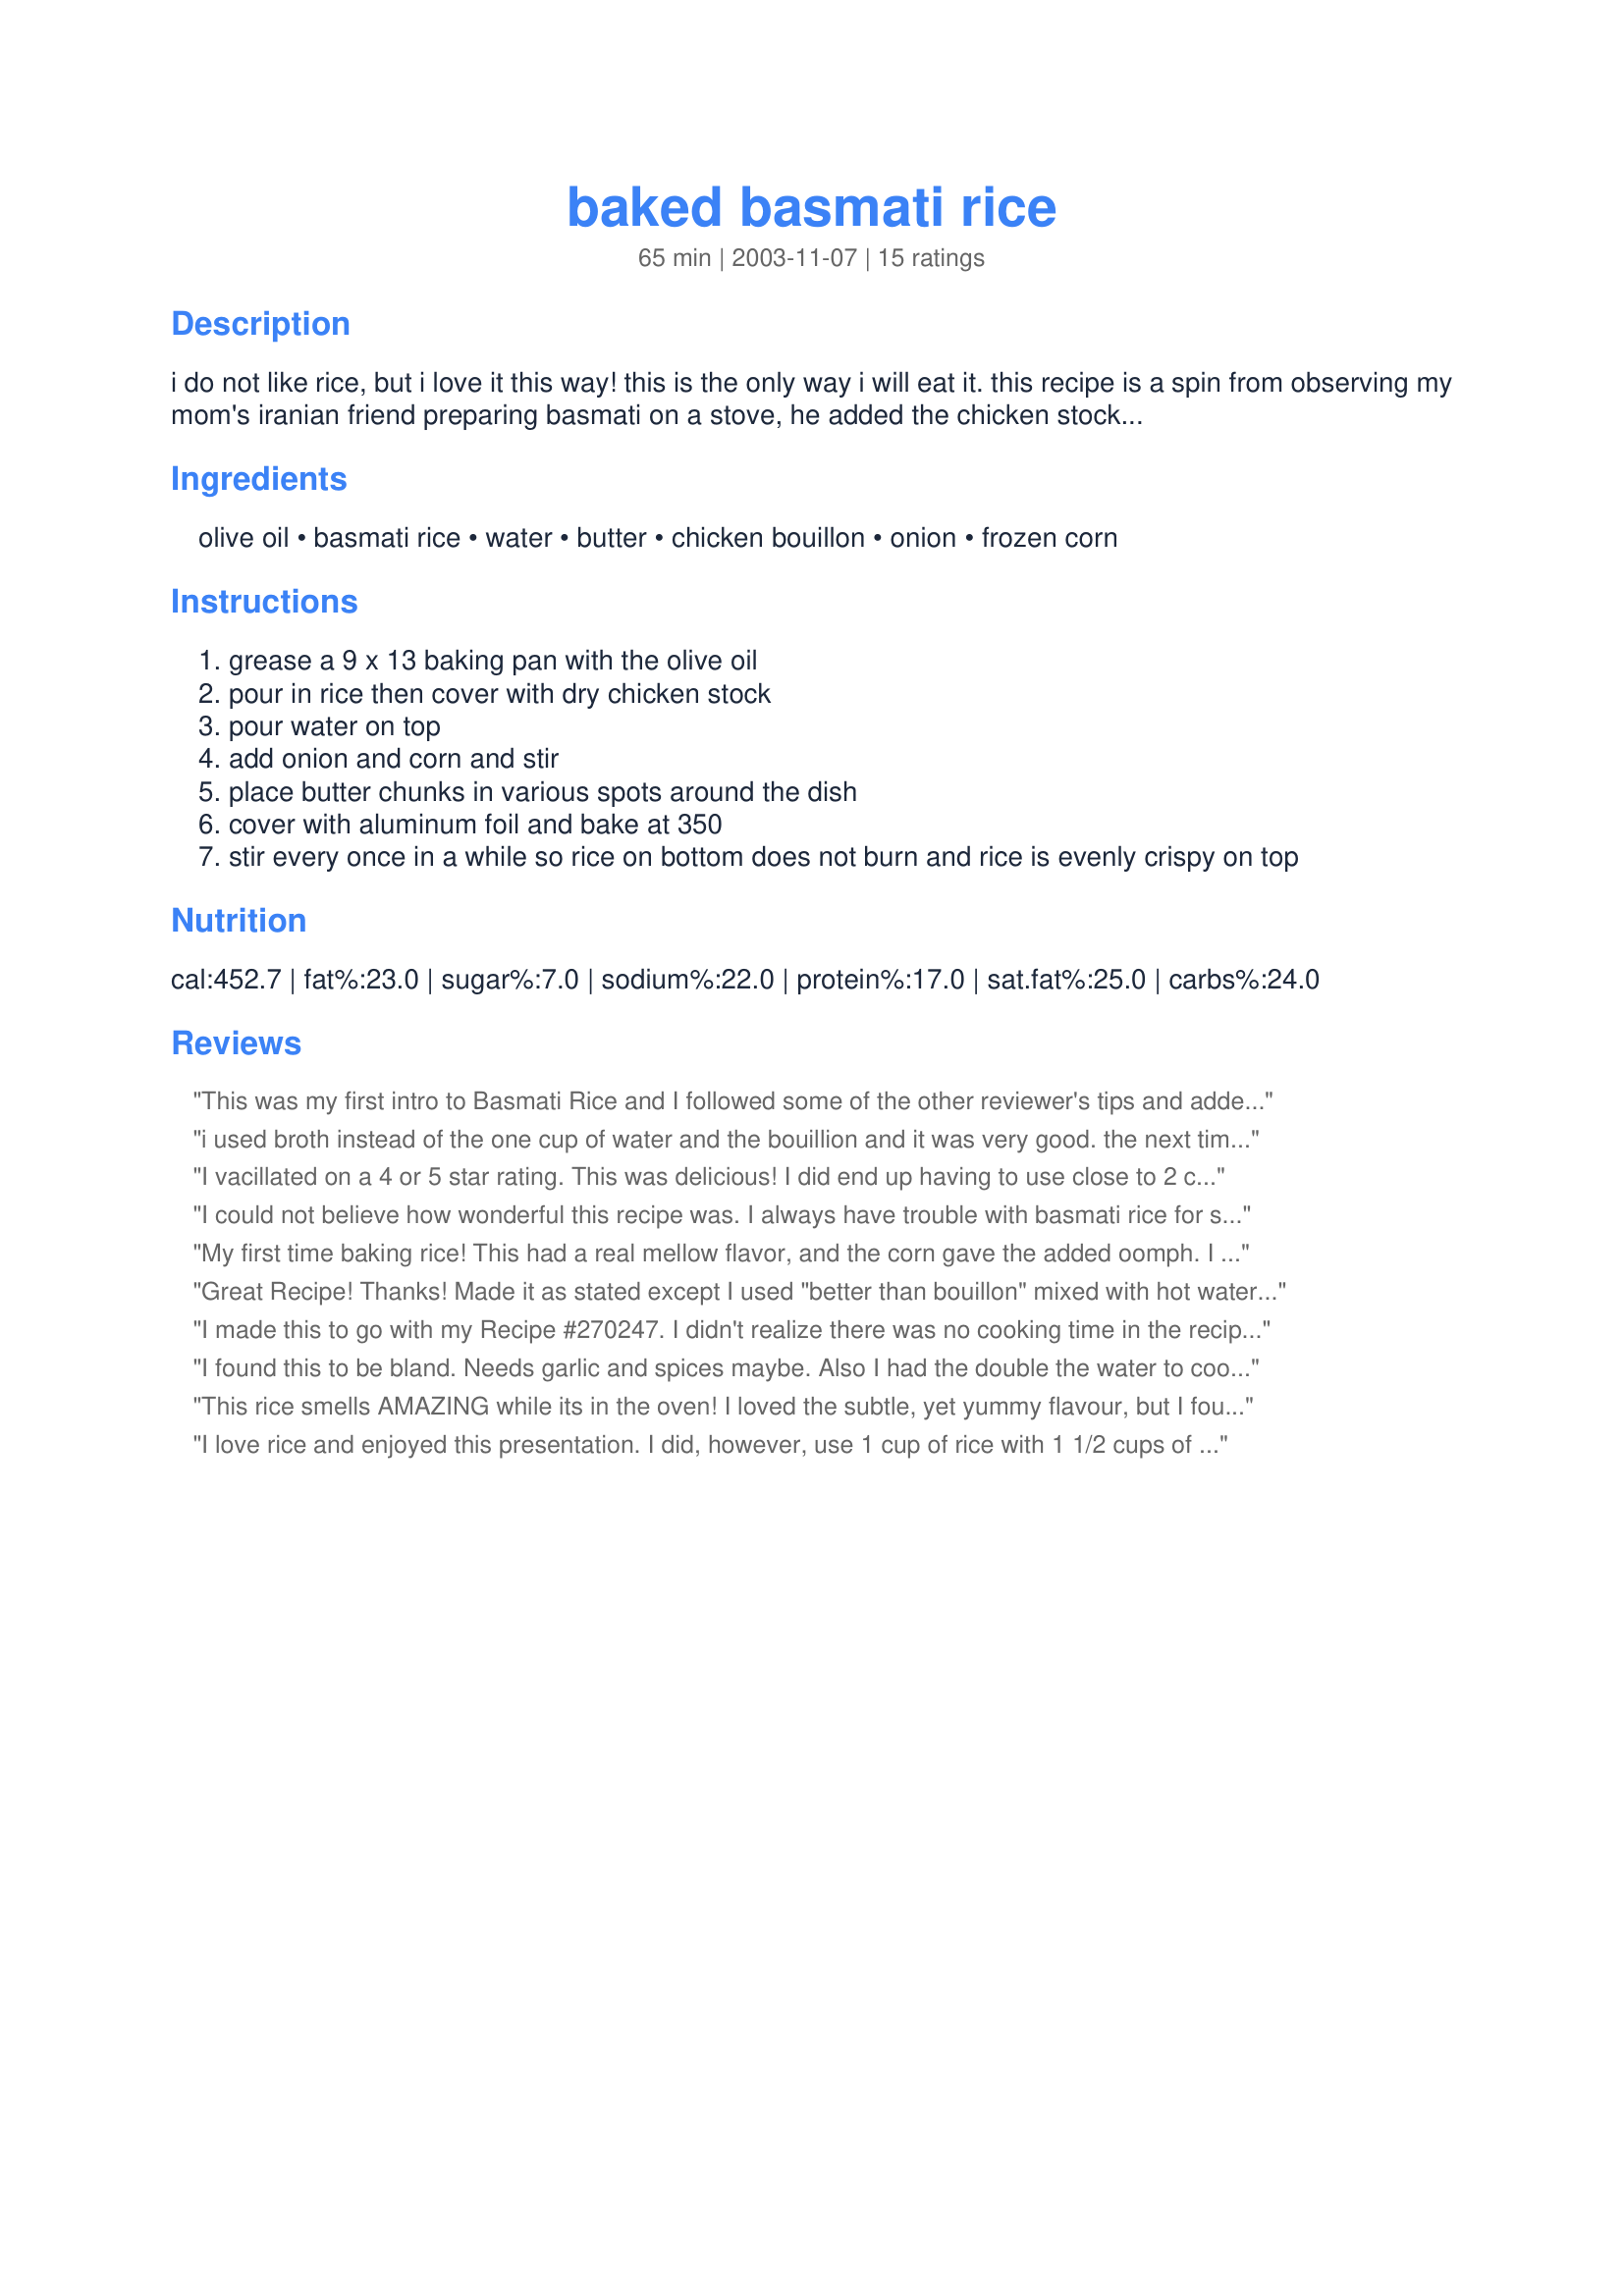
baked basmati rice
Preparation time: 65 minutes

i do not like rice, but i love it this way! this is the only way i will eat it. this recipe is a spin from observing my mom's iranian friend preparing basmati on a stove, he added the chicken stock and i thought it added such a great flavour. my sister always prepares rice in the oven with chopped onions and green peppers, so i tried the basmati that way. i usually serve it with tikka masala on top.
*note* this rice is supposed to be

Ingredients:
olive oil, basmati rice, water, butter, chicken bouillon, onion, frozen corn

Steps:
grease a 9 x 13 baking pan with the olive oil
pour in rice then cover with dry chicken stock
pour water on top
add onion and corn and stir
place butter chunks in various spots around the dish
cover with aluminum foil and bake at 350
stir every once in a while so rice on bottom does not burn and rice is evenly crispy on top

Reviews:
This was my first intro to Basmati Rice and I followed some of the other reviewer's tips and added extra liquid. Will definitely make this again!.
i used broth instead of the one cup of water and the bouillion and it was very good. the next time i make it, i probably will add a little more broth, it was too al dente for us.
I vacillated on a 4 or 5 star rating. This was delicious! I did end up having to use close to 2 cups of water to cook the rice but is stilled remained al dente as it should be. (This is basically the recipe for Iranian chela rice.) Omitted the corn and used salt-free chicken broth powder instead of the cubes. Then I added only 1/4 teaspoon of salt. I will be making this again and if necessary, updating this review with any pertinent information. The house smelled heavenly when this was baking.
I could not believe how wonderful this recipe was. I always have trouble with basmati rice for some reason, but this turned out great. I did end up using 2 cups of rice. Also, instead of putting the butter on the rice in chunks, I melted several tablespoons of butter mixed with 2 tablespoons of minced garlic and then added it to the water. I added 2 Magi cubes (chicken bullion) to this liquid and heated it on the stove until the Magi cubes dissolved. I then poured the liquid over the rice. I also added one minced onion and several green cardamom pods for added flavor. I followed the advice of one reviewer and cooked the dish at 350, stirring and adding more liquid at 20 and 40 minutes. I then cooked the dish for an additional 15-20 minutes. It turned out wonderful. Everyone loved it. Thank you so much for sharing!
My first time baking rice! This had a real mellow flavor, and the corn gave the added oomph. I used brown basmati rice, and I could have stood to add just a little more water (since I usually do when cooking brown rice). Surprisingly, my bouillion cubes made the dish more chicken-y than it did salty, so right after removing from the oven, I just sprinkled a tiny bit of salt and pepper on top. It was perfect as a side to Qorma curry.
Great Recipe! Thanks! Made it as stated except I used "better than bouillon" mixed with hot water instead of the powdered kind. Brought it to a family get together and got tons of compliments. I love rice al dente like this; I'm making it again tonight. Thanks, again.
I made this to go with my Recipe #270247. I didn't realize there was no cooking time in the recipe until after the recipe was all put together. Then I read the other reviews and saw how others cooked theirs. I also saw Dannygirl's note that "rice is supposed to be "al dente", that s why less water is used" so I used only 1 cup of water. I did as one of the other reviewer added that they cooked this for 40 minutes - removing from the oven and stirring after 20 minutes. When I took it out of the oven the rice was already really dry, so I added another 1/2 cup of water. In the end the rice still turned out "al dente" and was very good. We really liked the flavor of this rice a lot and the other reviews helped to make this a really easy and delicious way to cook rice.
I found this to be bland. Needs garlic and spices maybe. Also I had the double the water to cook the rice.
This rice smells AMAZING while its in the oven! I loved the subtle, yet yummy flavour, but I found it was slightly under cooked, yet burning on the edges...so I added a little extra water, but still ended up with a lot of burnt kernels. Next time I'll add more water to start with and I'm sure it will be perfect!
I love rice and enjoyed this presentation. I did, however, use 1 cup of rice with 1 1/2 cups of water which seemed more in proportion. I put in 4 T of instant chicken stock and felt the finished dish was a bit too salty. I will make this again but with less of the powdered stock next time.
This came out mushy, I followed all the instructions as well as instructions by ellewoods808 and it didn't come out nice and crispy, rather it was bland and sort of stuck together... I should mention that I made this in a dutch oven, so maybe better results in a baking pan?
I must admit that I forgot to but Basmati rice at the store. Duh! But I had some "Jasmin" rice on hand. It really worked well! I made chicken broth using bouillon cubes (made 4 C. broth) and added 1/2 C. water. Baked it for 40 min. stirring 1/2 way through. It turned out great.
I made this EXACTLY as stated and it was delicious! I served it with your Savoury Glazed Chicken.
Instead of water I used chicken broth. PLUS i added 6 tblespoons more of broth. I cooked it 50 minutes stirring after about 20. (Originally i put it in for 40 and it was not quite done yet). 50 minutes for me was perfect, not overcooked!! FINALLY I can make this rice! I tried to use other recipes and I constantly overcooked the rice. 
Thank you! 
(excuse me, but I have to go grab another bowl of it! yum!)
Excellent the whole family gave this a thumbs up. I made it as written except I took the advice of other reviewers and added extra water. It came out perfect, I was hesitant about the corn but after making this I think something vital would be missing without it.
